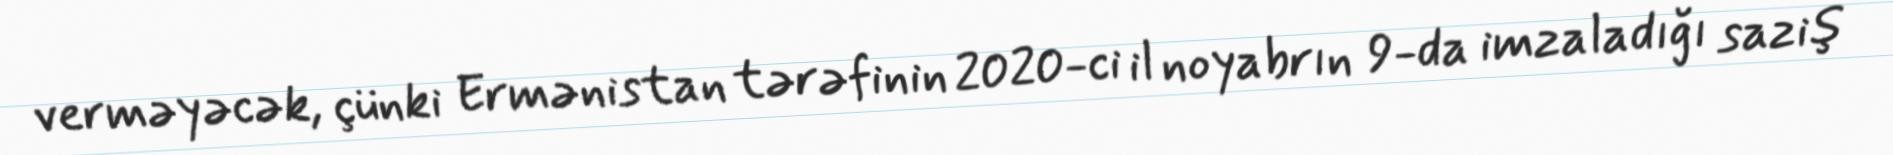
verməyəcək, çünki Ermənistan tərəfinin 2020-ci il noyabrın 9-da imzaladığı saziş